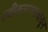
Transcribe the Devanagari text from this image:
स्वीकारण्यावाचून